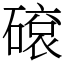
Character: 𥕦